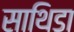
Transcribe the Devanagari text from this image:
साथिडा